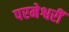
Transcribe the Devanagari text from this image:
परमेश्वरीं